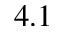
4 . 1